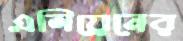
এলিয়েনের